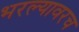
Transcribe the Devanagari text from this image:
भरल्यावरच